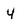
Character: 4